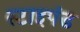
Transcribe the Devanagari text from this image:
स्टाइपंड